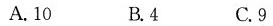
A.10 B.4 C.9